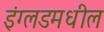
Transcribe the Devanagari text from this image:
इंग्लडमधील